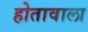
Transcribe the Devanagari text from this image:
होतावाला